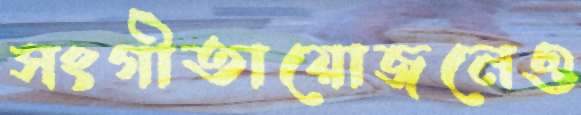
সংগীতায়োজনেও